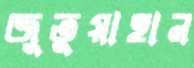
জুতুয়াহান